65_HS1-834228961_62-HQ-83894_Section_1
Agency: FBI
Page 90
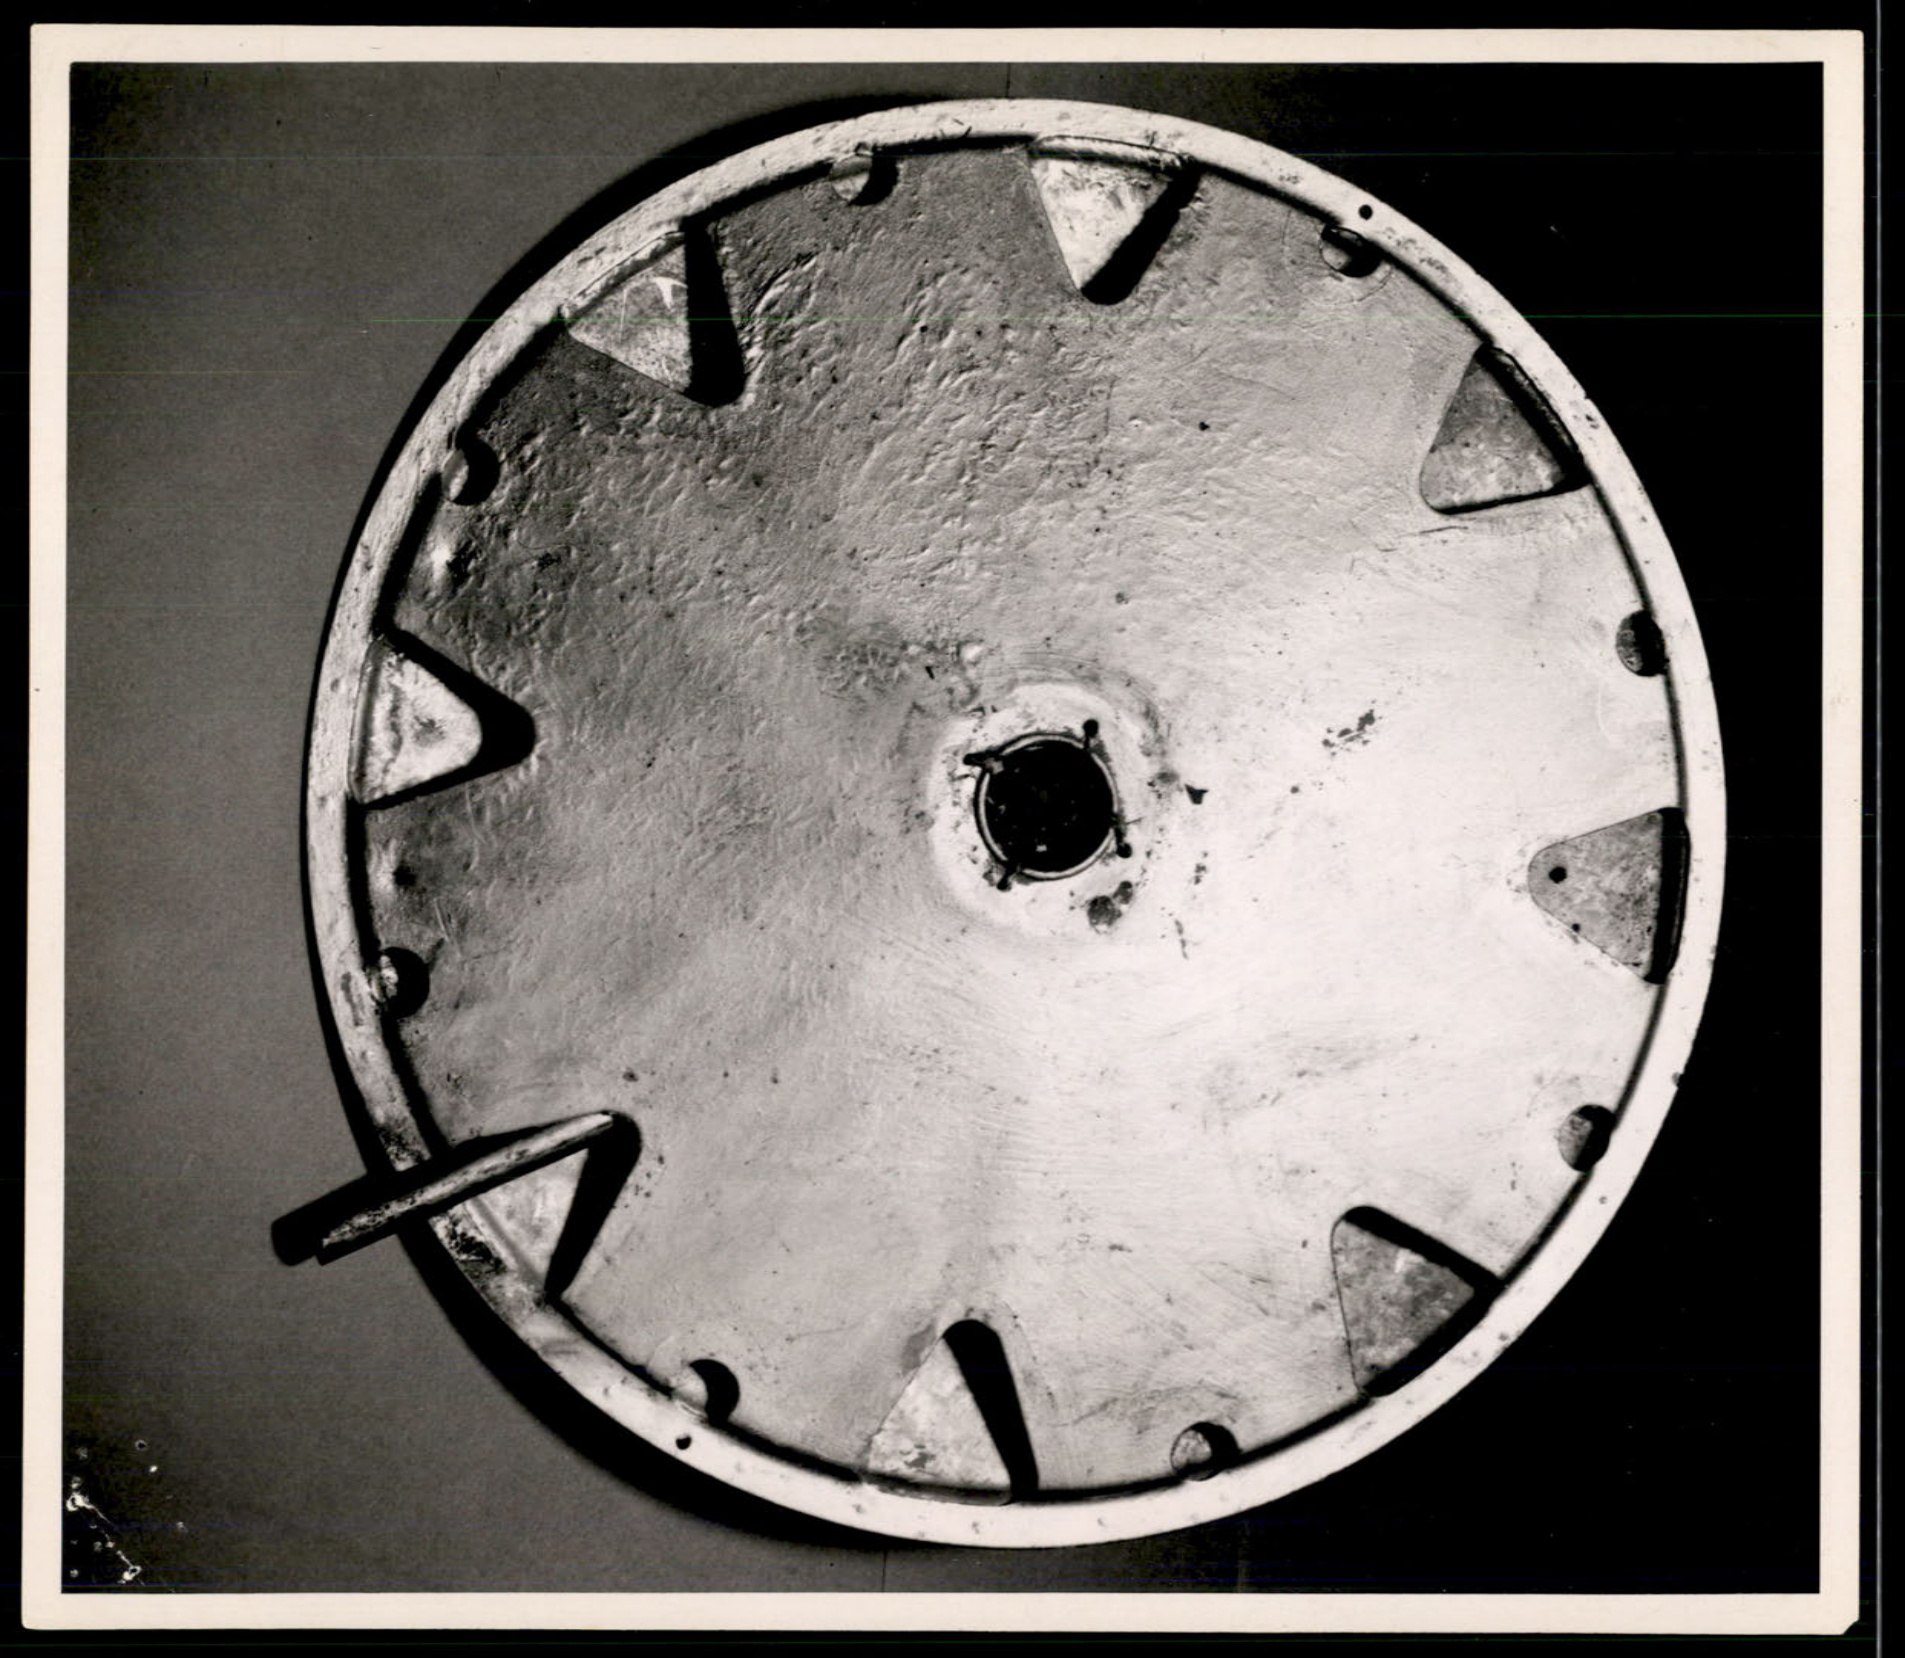